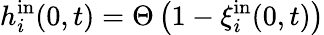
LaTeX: h_{i}^{\mathrm{in}}(0,t)=\Theta\left(1-\xi_{i}^{\mathrm{in}}(0,t)\right)